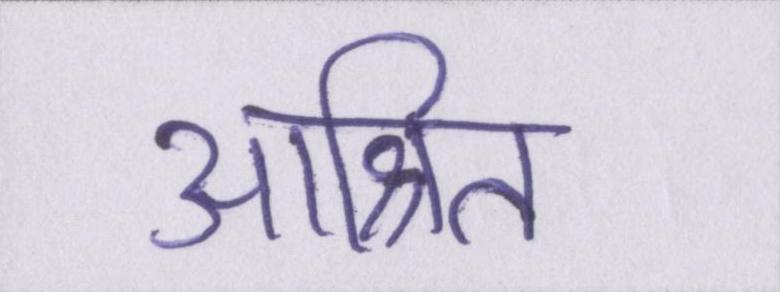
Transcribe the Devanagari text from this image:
आश्रित